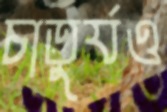
চাতুর্যও